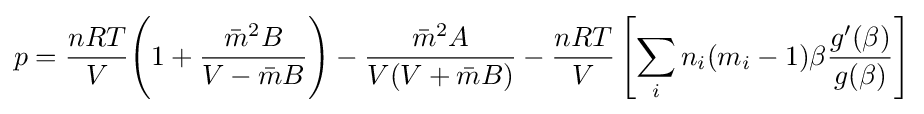
p={\frac {nRT}{V}}{\Biggl (}1+{\frac {{\bar {m}}^{2}B}{V-{\bar {m}}B}}{\Biggr )}-{\frac {{\bar {m}}^{2}A}{V(V+{\bar {m}}B)}}-{\frac {nRT}{V}}\left[\sum _{i}n_{i}(m_{i}-1)\beta {\frac {g'(\beta )}{g(\beta )}}\right]